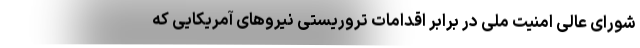
شورای عالی امنیت ملی در برابر اقدامات تروریستی نیروهای آمریکایی که